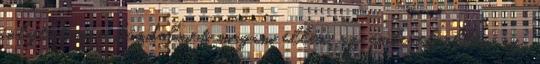
folytatom a küzdelmet, magam ellen, az emberek ellen, az